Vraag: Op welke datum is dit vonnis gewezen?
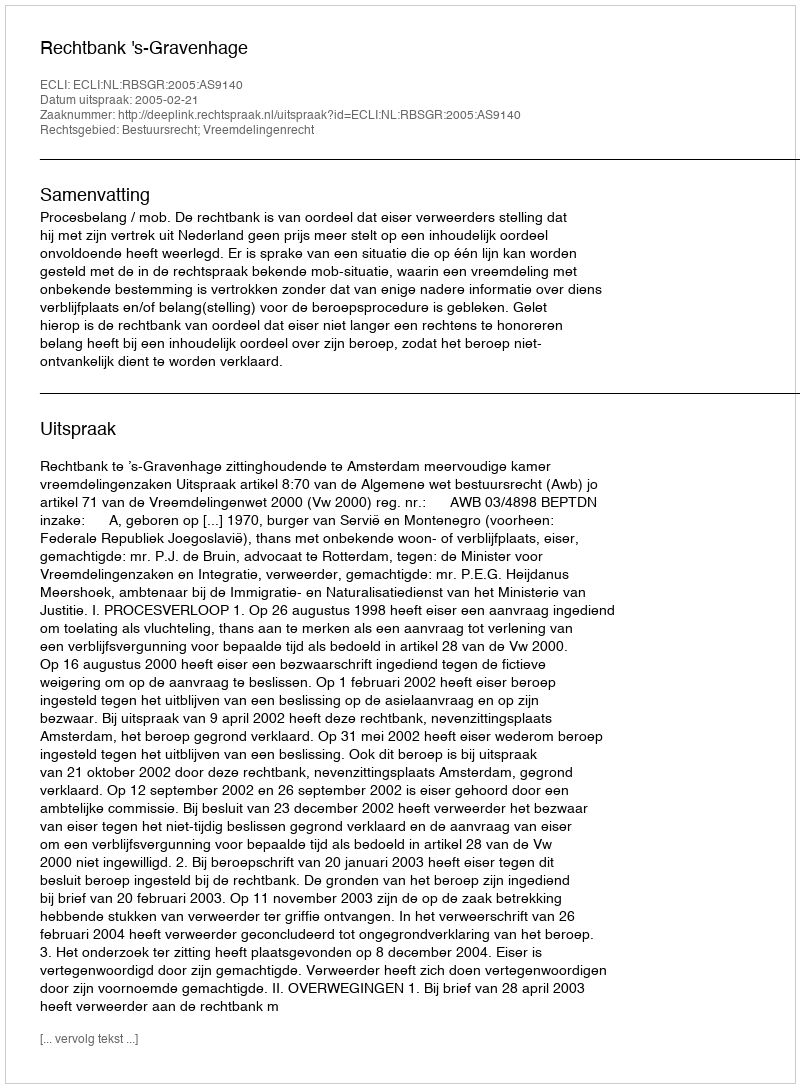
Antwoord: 2005-02-21